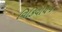
વિકિવોયજ